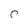
Character: C